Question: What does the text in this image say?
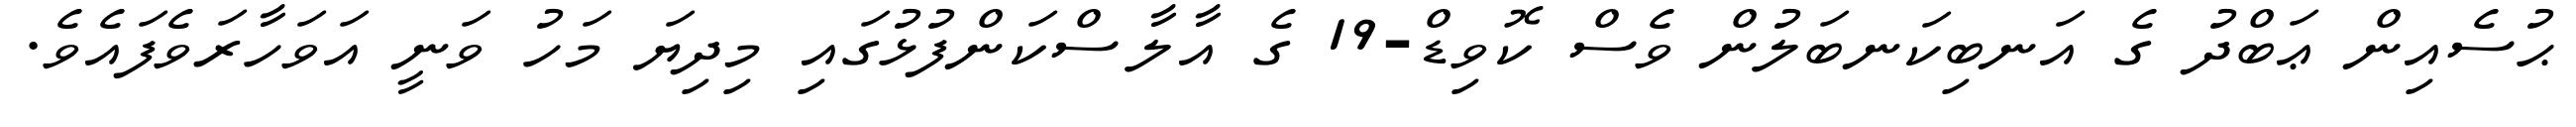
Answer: ޙުސެއިން ޢަބްދު ގެ އަނބިކަނބަލުން ވެސް ކޮވިޑް-19 ގެ އާލާސްކަންފުޅުގައި މިދިޔަ މަހު ވަނީ އަވަހާރަވެފައެވެ.